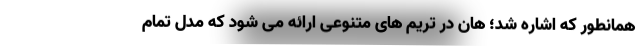
همانطور که اشاره شد؛ هان در تریم های متنوعی ارائه می شود که مدل تمام